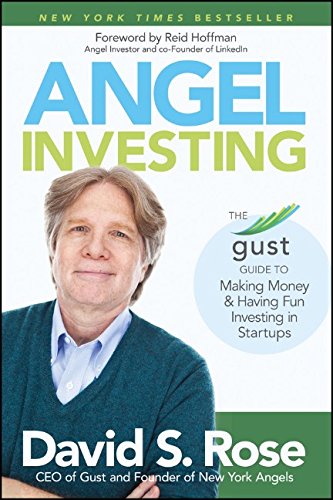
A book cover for Angel Investing: The Gust Guide to Making Money and Having Fun Investing in Startups; David S. Rose; Business & Money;